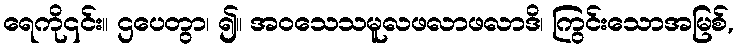
ရေကို၎င်း။ ဌပေတွာ၊ ၍။ အဝသေသမူလဖလာဖလာဒိ၊ ကြွင်းသောအမြစ်,